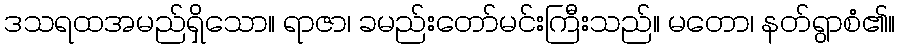
ဒသရထအမည်ရှိသော။ ရာဇာ၊ ခမည်းတော်မင်းကြီးသည်။ မတော၊ နတ်ရွာစံ၏။